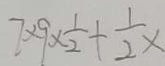
7 \times 9 \times \frac { 1 } { 2 } + \frac { 1 } { 2 } \times